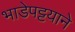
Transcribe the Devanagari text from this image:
भाडेपट्टयाने